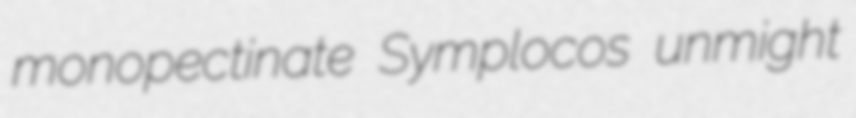
monopectinate Symplocos unmight